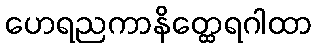
ဟေရညကာနိတ္ထေရဂါထာ